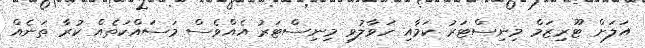
އަލަށް ޓޫރިޒަމް މިނިސްޓަރު ކަމާއި ހަވާލުވި މިނިސްޓަރު އެއްވެސް މަސައްކަތެއް ކުރާ ތަނެއް